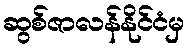
ဆွစ်ဇာလန်နိုင်ငံမှ